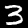
Label: 3